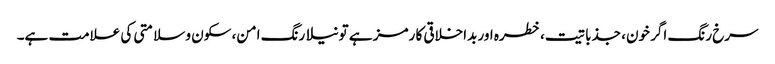
سرخ رنگ اگر خون، جذباتیت، خطرہ اور بداخلاقی کا رمز ہے تو نیلا رنگ امن، سکون و سلامتی کی علامت ہے۔